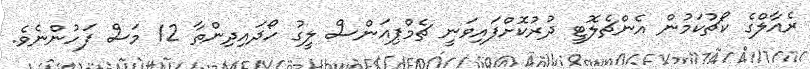
ރެއާލްގެ ކޯޗުކަމުން އެންޗެލޮޓީ ދުރުކޮށްފައިވަނީ ޗެމްޕިއަންސް ލީގު ހޯދައިދިންތާ 12 މަސް ފަހުންނެވެ.